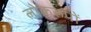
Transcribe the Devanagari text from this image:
लोकरूपों